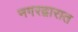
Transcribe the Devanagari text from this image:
नगरद्वारात